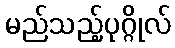
မည်သည့်ပုဂ္ဂိုလ်